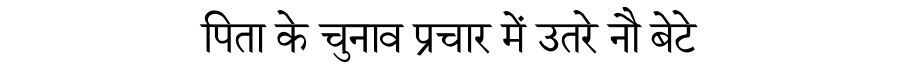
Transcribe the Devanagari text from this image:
पिता के चुनाव प्रचार में उतरे नौ बेटे